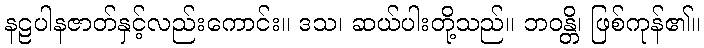
နဠပါနဇာတ်နှင့်လည်းကောင်း။ ဒသ၊ ဆယ်ပါးတို့သည်။ ဘဝန္တိ၊ ဖြစ်ကုန်၏။